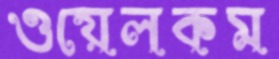
ওয়েলকম